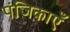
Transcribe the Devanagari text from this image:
पंजिकाएँ